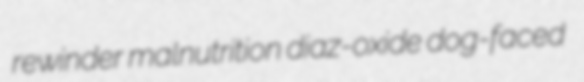
rewinder malnutrition diaz-oxide dog-faced